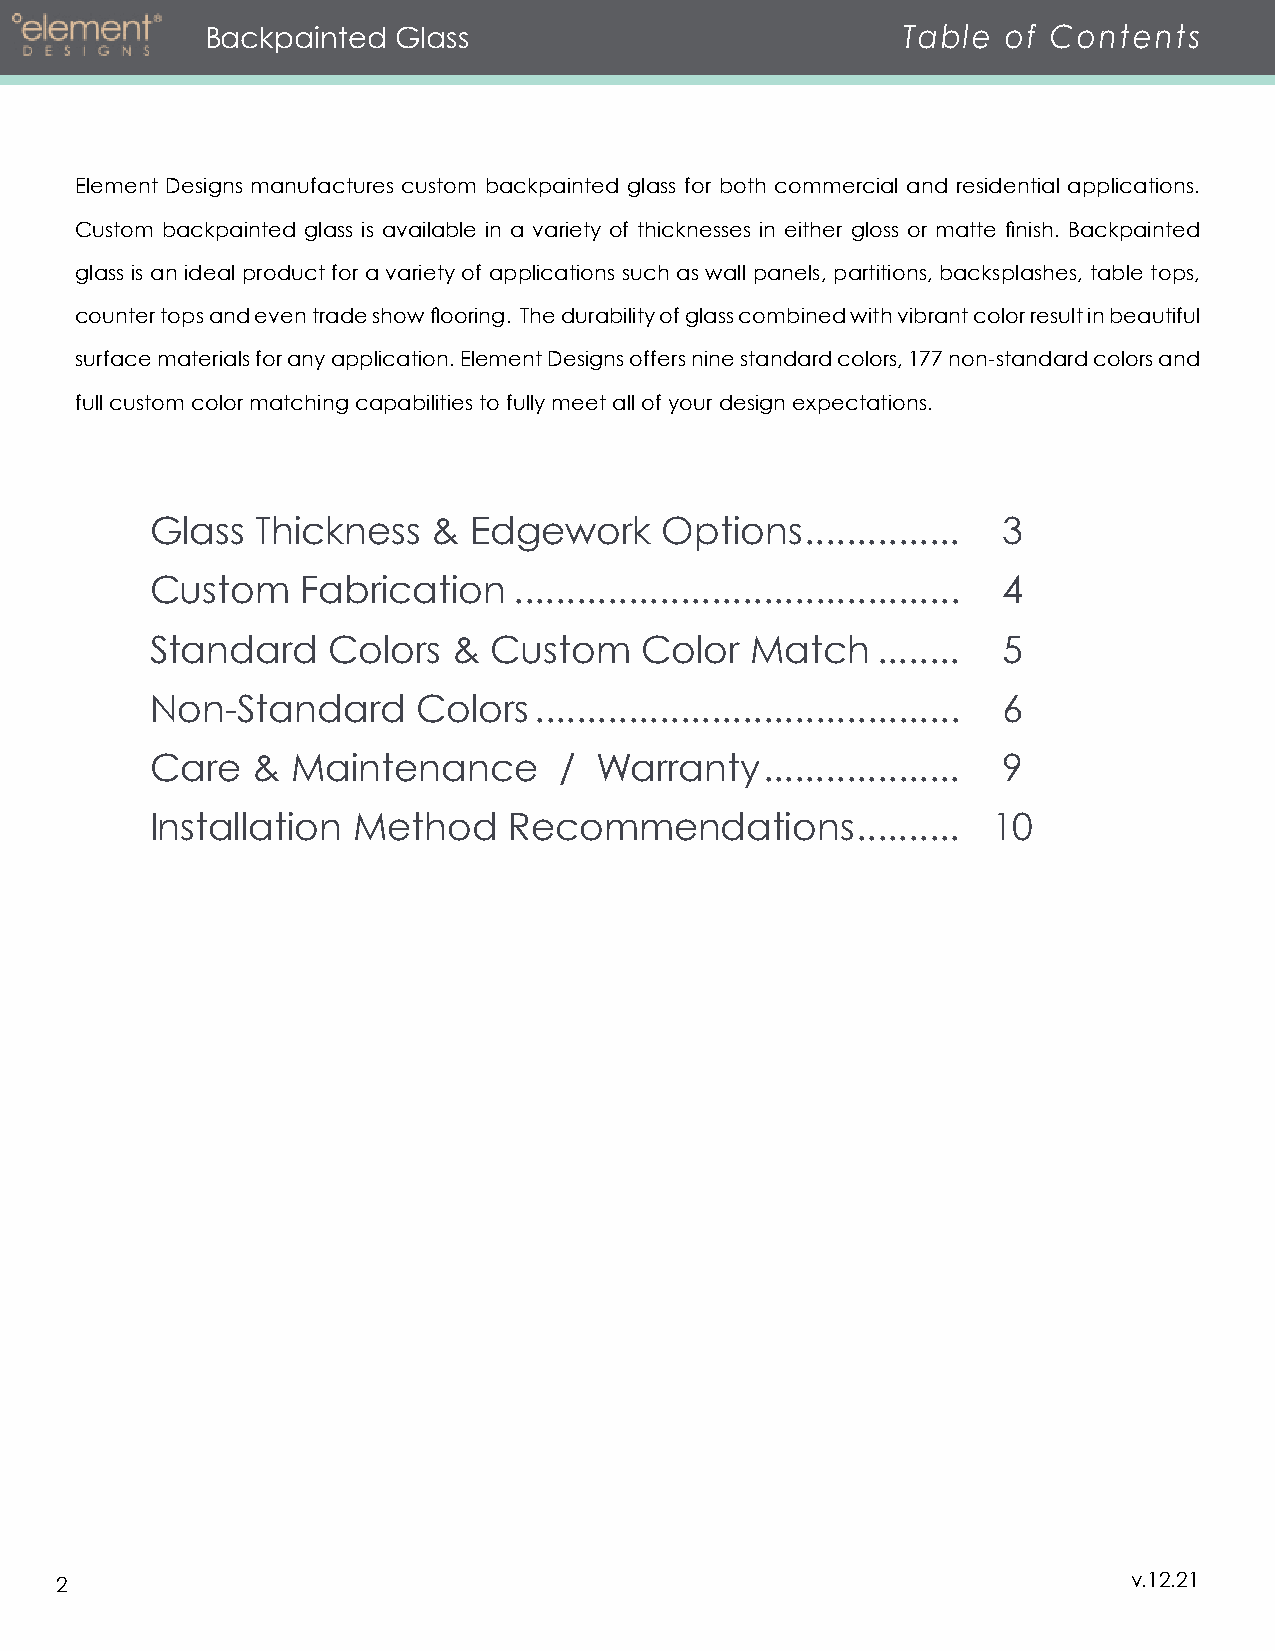
Backpainted Glass                             Table  of Contents
 Element Designs manufactures custom backpainted glass for both commercial and residential applications.
 Custom backpainted glass is available in a variety of thicknesses in either gloss or matte finish. Backpainted
 glass is an ideal product for a variety of applications such as wall panels, partitions, backsplashes, table tops,
 counter tops and even trade show flooring. The durability of glass combined with vibrant color result in beautiful
 surface materials for any application. Element Designs offers nine standard colors, 177 non-standard colors and
 full custom color matching capabilities to fully meet all of your design expectations.
 Glass  Thickness   & Edgework     Options  ............... 3
 Custom    Fabrication   ........................................... 4
 Standard    Colors  & Custom    Color   Match   ........ 5
 Non-Standard      Colors ......................................... 6
 Care   & Maintenance       / Warranty   ................... 9
 Installation Method     Recommendations        .......... 10
 2                                                                      v.12.21